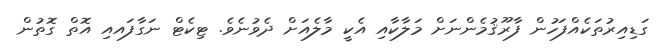
ގަޑިއިރުތަކެއްފަހުން ފާރޫޤުމެންނަށް މަލާކާއި އެކީ މާލެއަށް ދެވުނެވެ. ޓިކެޓް ނަގާފައއި އޮތް ގޮތުން